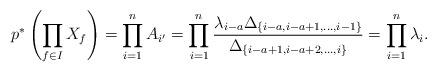
LaTeX: \begin{align*}p^*\left(\prod_{f\in I}X_f\right)=\prod_{i=1}^n A_{i'}=\prod_{i=1}^n\frac{ \lambda_{i-a} \Delta_{\{i-a,i-a+1,\dots, i-1\}}}{\Delta_{\{i-a+1,i-a+2,\dots, i\}}}= \prod_{i=1}^n \lambda_i.\end{align*}